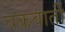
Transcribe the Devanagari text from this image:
चक्रवार्ती